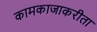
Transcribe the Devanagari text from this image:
कामकाजाकरीता